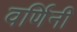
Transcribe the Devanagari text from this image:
वर्णिनी